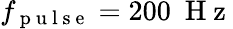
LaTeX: f_{\mathrm{~p~u~l~s~e~}}=200~\mathrm{~H~z~}